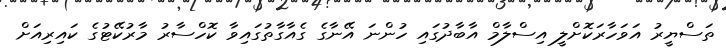
ތަސްޔީރު އަވަހާރަކޮށްލީ އިސްލާމް އާބާދުގައި ހުންނަ އޭނާގެ ގެއާގާތުގައިވާ ކޮހްސާރު މާރުކޭޓުގެ ކައިރިއަށް